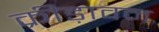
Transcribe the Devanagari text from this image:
क्रीड़ावन